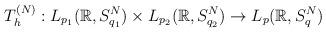
LaTeX: \begin{align*}T_h^{(N)}: L_{p_1}(\mathbb{R}, S_{q_1}^N ) \times L_{p_2}(\mathbb{R}, S_{q_2}^N ) \rightarrow L_{p}(\mathbb{R}, S_{q}^N )\end{align*}